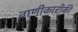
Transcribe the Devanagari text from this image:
वाणीकारोंकी